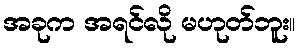
အခုက အရင်လို မဟုတ်ဘူး။